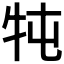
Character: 𤘫